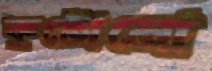
কুটোনো